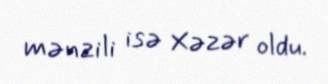
mənzili isə Xəzər oldu.